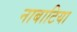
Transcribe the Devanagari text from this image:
नाबाटिया